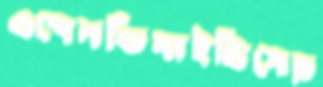
এপেনডিসাইটিসের